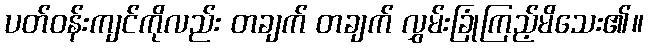
ပတ်ဝန်းကျင်ကိုလည်း တချက် တချက် လွှမ်းခြုံကြည့်မိသေး၏။